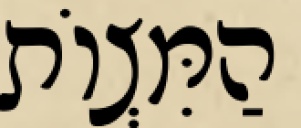
הַמִּצְוֹת